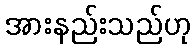
အားနည်းသည်ဟု